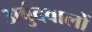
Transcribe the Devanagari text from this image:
अर्बुदवालों